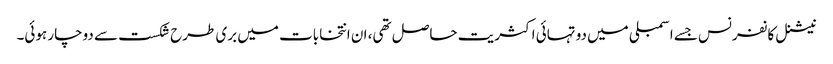
نیشنل کانفرنس جسے اسمبلی میں دو تہائی اکثریت حاصل تھی، ان انتخابات میں بری طرح شکست سے دوچار ہوئی۔